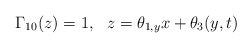
\begin{align*}\Gamma_{10}(z)=1,\ \ z=\theta_{1,y}x+\theta_{3}(y,t) \end{align*}